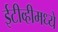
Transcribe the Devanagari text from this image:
ईटीव्हीमध्ये